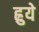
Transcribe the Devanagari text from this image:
ह्रुये